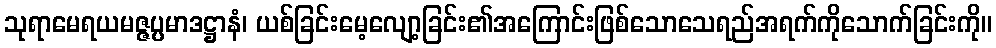
သုရာမေရယမဇ္ဇပ္ပမာဒဋ္ဌာနံ၊ ယစ်ခြင်းမေ့လျော့ခြင်း၏အကြောင်းဖြစ်သောသေရည်အရက်ကိုသောက်ခြင်းကို။